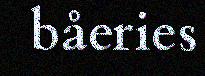
båeries